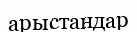
арыстандар